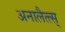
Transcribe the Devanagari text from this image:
अनालैत्त्स्